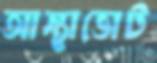
আস্থাভোট